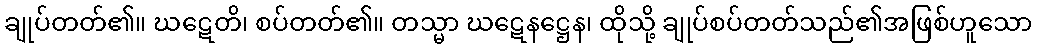
ချုပ်တတ်၏။ ဃဋေတိ၊ စပ်တတ်၏။ တသ္မာ ဃဋေနဋ္ဌေန၊ ထိုသို့ ချုပ်စပ်တတ်သည်၏အဖြစ်ဟူသော